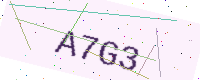
Text: A7G3